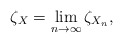
\begin{align*} \zeta_X= \lim_{n \to \infty}{\zeta_{X_n}}, \end{align*}